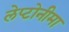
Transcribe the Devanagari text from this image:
लेप्टोनीमा